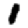
Digit: 1